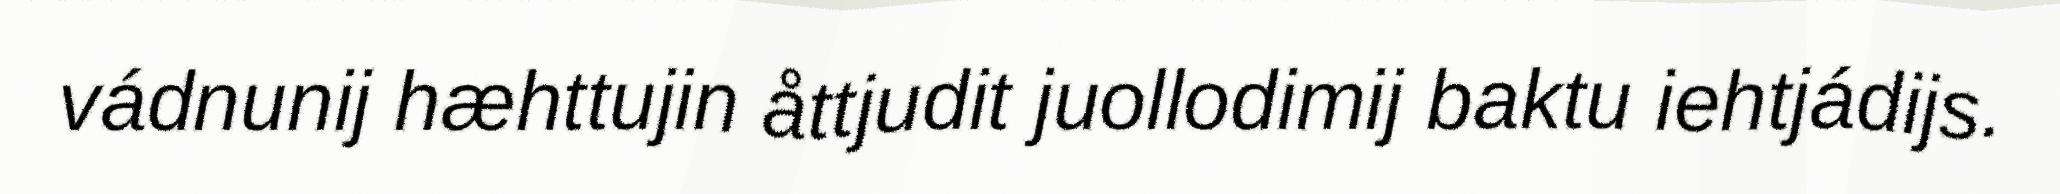
vádnunij hæhttujin åttjudit juollodimij baktu iehtjádijs.